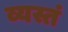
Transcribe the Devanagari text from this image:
व्यस्तं